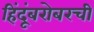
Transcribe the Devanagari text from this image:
हिंदूंबरोबरची